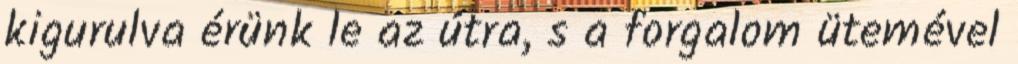
kigurulva érünk le az útra, s a forgalom ütemével